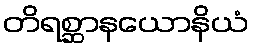
တိရစ္ဆာနယောနိယံ